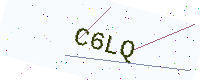
Text: C6LQ